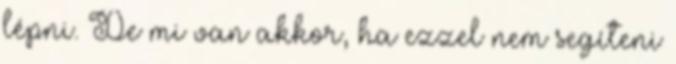
lépni. De mi van akkor, ha ezzel nem segíteni